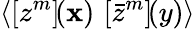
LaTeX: \langle\left[{z}^{m}\right]\! (\mathbf{x})\, \left[{\bar{{z}}}^{m}\right]\! (y)\rangle